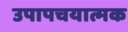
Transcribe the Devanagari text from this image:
उपापचयात्मक